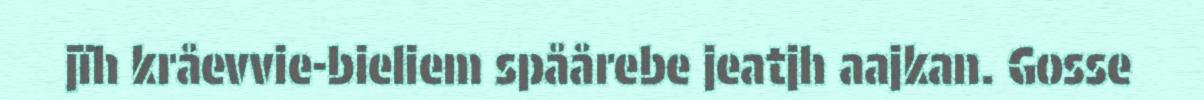
jïh kråevvie-bieliem spåårebe jeatjh aajkan. Gosse